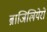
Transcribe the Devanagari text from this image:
ब्राजिलियेरो